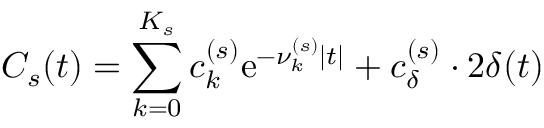
C _ { s } ( t ) = \sum _ { k = 0 } ^ { K _ { s } } c _ { k } ^ { ( s ) } \mathrm { e } ^ { - \nu _ { k } ^ { ( s ) } | t | } + c _ { \delta } ^ { ( s ) } \cdot 2 \delta ( t )